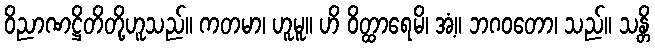
ဝိညာဏဋ္ဌိတိတို့ဟူသည်။ ကတမာ၊ ဟူမူ။ ဟိ ဝိတ္ထာရေမိ၊ အံ့။ ဘဂဝတော၊ သည်။ သန္တိ